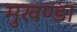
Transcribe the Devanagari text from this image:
मुखण्डा